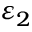
\varepsilon _ { 2 }